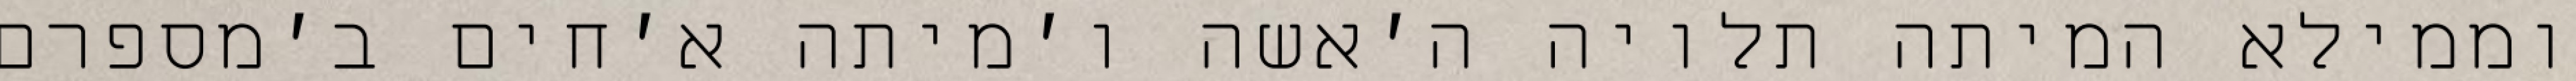
וממילא המיתה תלויה ה׳אשה ו׳מיתה א׳חים ב׳מספרם